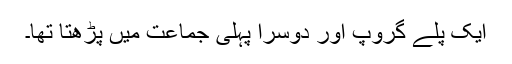
ایک پلے گروپ اور دوسرا پہلی جماعت میں پڑھتا تھا۔